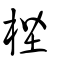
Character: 梐